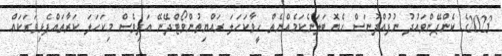
2023ގެ ކެންޕޭންވައުދު ނުފުއްދުނަސް ހެޔޮ ބަލަނެކަމެއްނެތް ހީވާކަހަލަ ރައްޔިތުންވޯޓްދޭނޭ އަދިވެސް މިކަހަލަ ކަރާތައްފެޅިވަރަކައް